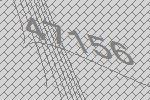
47156